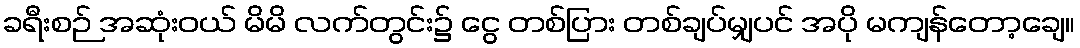
ခရီးစဉ် အဆုံးဝယ် မိမိ လက်တွင်း၌ ငွေ တစ်ပြား တစ်ချပ်မျှပင် အပို မကျန်တော့ချေ။